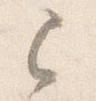
已